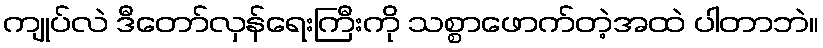
ကျုပ်လဲ ဒီတော်လှန်ရေးကြီးကို သစ္စာဖောက်တဲ့အထဲ ပါတာဘဲ။